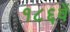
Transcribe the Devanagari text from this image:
१८६वें